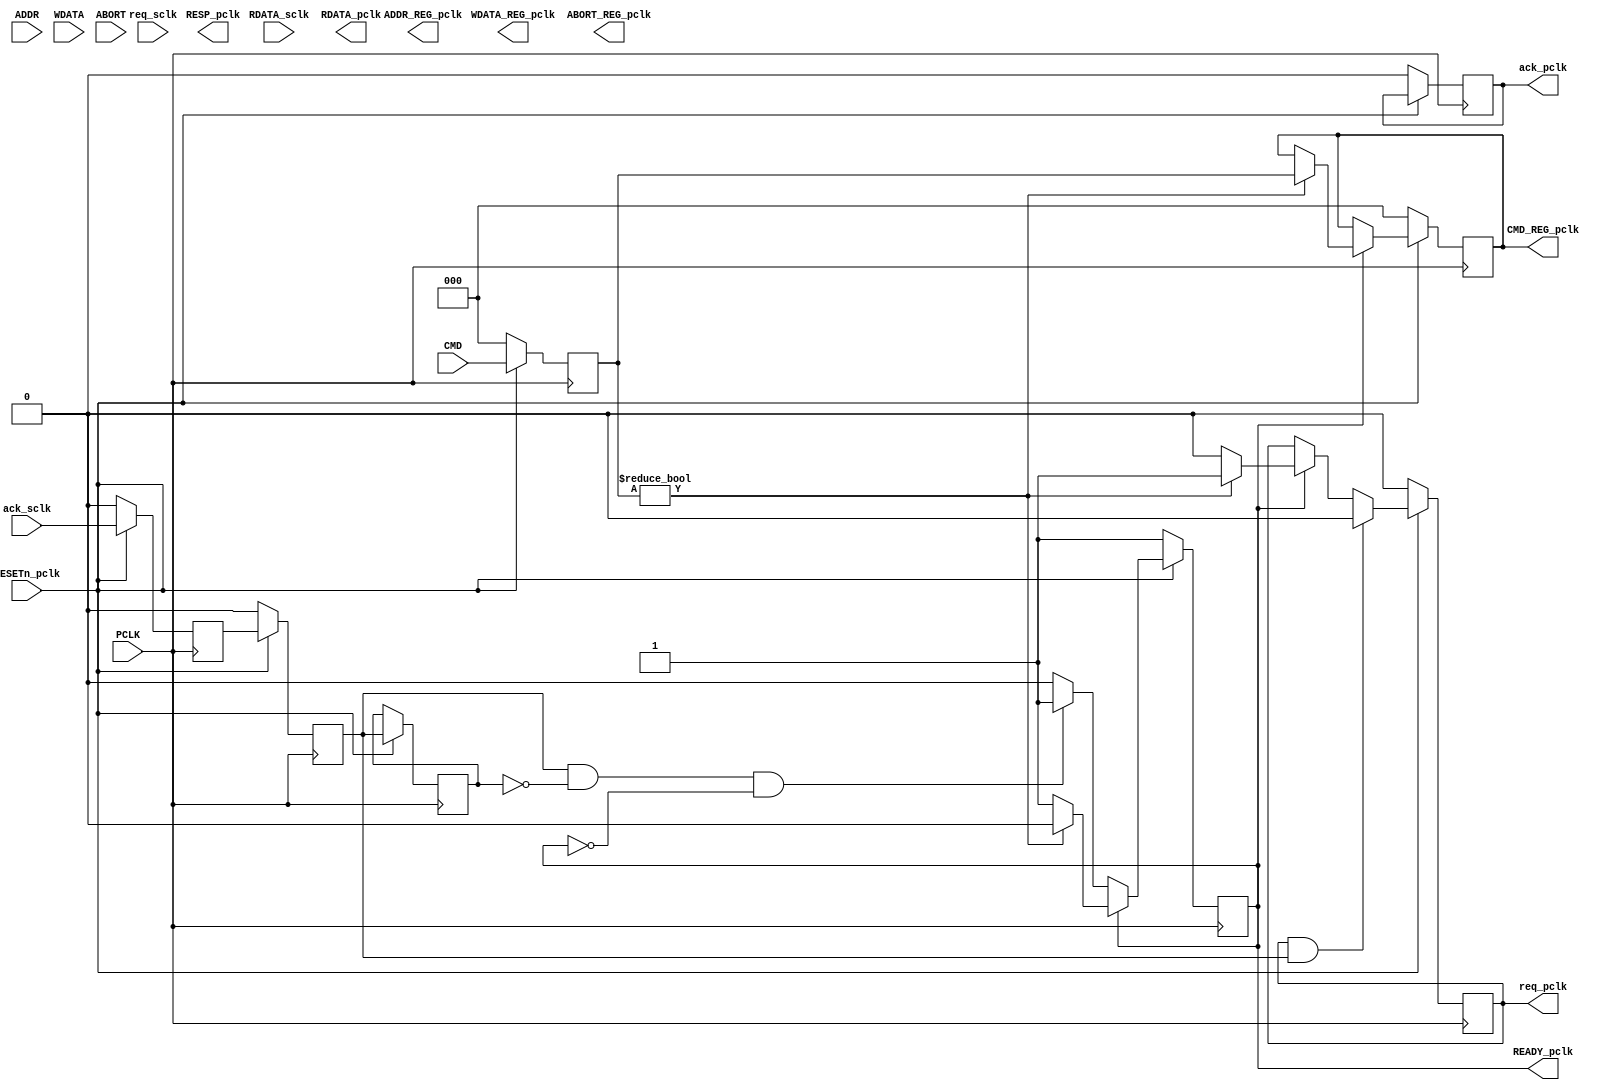
module  Master_pclk(
    input  PCLK,
    input  RESETn_pclk, 
    input  [2:0]CMD,
    input  [9:0]ADDR,
    input  [9:0]WDATA,
    input  ABORT,

    input  [9:0]RDATA_sclk,

    output reg READY_pclk,
    output reg [9:0]RDATA_pclk,     // only valid at READY high
    output reg RESP_pclk,

    output reg [2:0]CMD_REG_pclk,
    output reg [9:0]ADDR_REG_pclk,
    output reg [9:0]WDATA_REG_pclk,
    output reg ABORT_REG_pclk,

    output reg req_pclk, ack_pclk,  // signal for multiple bit data handshaking
    input  req_sclk, ack_sclk
);

parameter IDLE = 3'd0, READ = 3'd1, WRITE = 3'd2, ROW_WRITE = 3'd3, 
          ERASE = 3'd4, MASS_ERASE = 3'd5;

            
reg [2:0]CMD_pclk;  

reg data_transfer_pclk;         // one cycle for data_transfer (to meet hold time)
reg [2:0]state, n_state;


reg ack_sample1_pclk, ack_sample2_pclk, ack_sample3_pclk;



// **** solution **** //

reg ack_sample_pulse_pclk;
always @(*) begin
	ack_sample_pulse_pclk = ack_sample2_pclk && ~ack_sample3_pclk;



end



always @(posedge PCLK) begin
    if (~RESETn_pclk) begin
        CMD_REG_pclk <= IDLE;  // receive new command
        READY_pclk <= 1'b1;
        req_pclk <= 1'b0;
        ack_pclk <= 1'b0;
    
    end
    else begin

          
        if (READY_pclk) begin
            
            if (CMD_pclk != IDLE) begin
            	req_pclk <= 1'b1;
            	READY_pclk <= 1'b0;
            	CMD_REG_pclk <= CMD_pclk;  // receive new command
            end
            else begin
            	req_pclk <= 1'b0;
            	READY_pclk <= 1'b1;
            	CMD_REG_pclk <= CMD_REG_pclk;  // receive new command
            end
           		
        end
        else if (ack_sample_pulse_pclk && ~READY_pclk) begin
 						READY_pclk <= 1'b1;
        end
        else begin
            CMD_REG_pclk <= CMD_REG_pclk; 
            READY_pclk <= READY_pclk;
        end
        
        
        if (req_pclk && ack_sample2_pclk) begin
        	req_pclk <= 1'b0;
        end


			
				
        
       	
    end


end


always @(posedge PCLK) begin   // sample
	if (~RESETn_pclk) begin
		CMD_pclk <= 0;
    
    ack_sample1_pclk <= 0;
    ack_sample2_pclk <= 0;
    
	end
	else begin
		CMD_pclk <= CMD;
   
    ack_sample1_pclk <= ack_sclk;
    ack_sample2_pclk <= ack_sample1_pclk;
    ack_sample3_pclk <= ack_sample2_pclk;
	
	end


    
end

    
endmodule